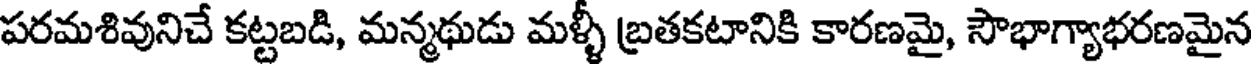
పరమశివునిచే కట్టబడి, మన్మథుడు మళ్ళీ బ్రతకటానికి కారణమై, సౌభాగ్యాభరణమైన